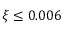
\xi \le 0 . 0 0 6